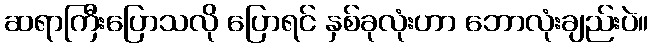
ဆရာကြီးပြောသလို ပြောရင် နှစ်ခုလုံးဟာ ဘောလုံးချည်းပဲ။